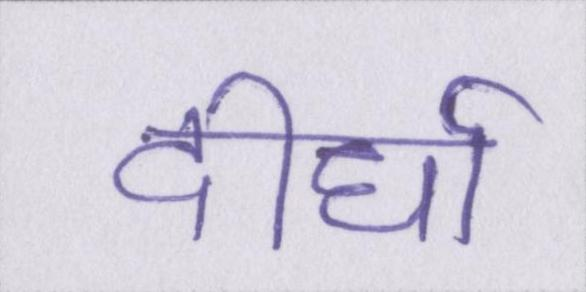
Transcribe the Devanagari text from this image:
दीर्घा